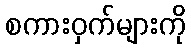
စကားဝှက်များကို